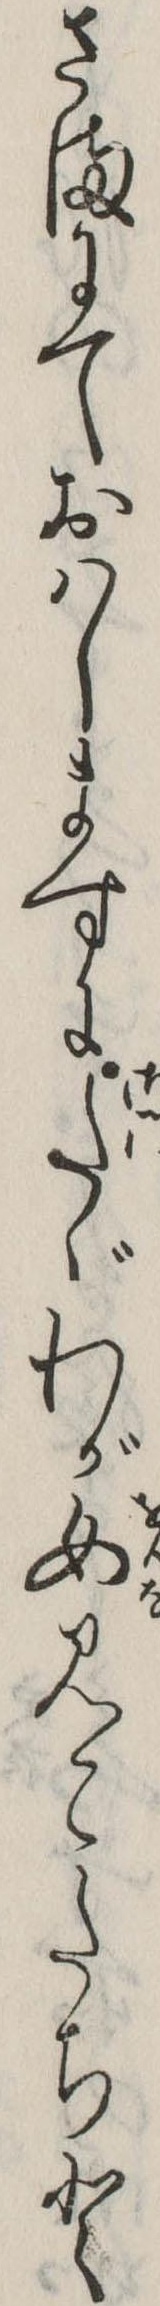
さまにておはしますにたゞわが女みこたちと